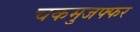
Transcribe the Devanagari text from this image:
चकमुजफ्फर